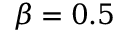
\beta = 0 . 5